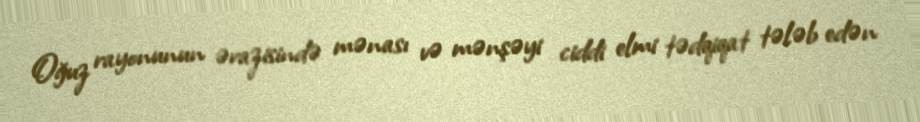
Oğuz rayonunun ərazisində mənası və mənşəyi ciddi elmi tədqiqat tələb edən